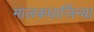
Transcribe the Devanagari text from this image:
मालकधार्जिन्या